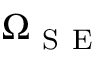
\Omega _ { \mathrm { ~ S ~ E ~ } }